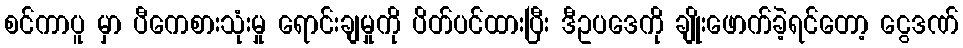
စင်ကာပူ မှာ ပီကေစားသုံးမှု ရောင်းချမှုကို ပိတ်ပင်ထားပြီး ဒီဥပဒေကို ချိုးဖောက်ခဲ့ရင်တော့ ငွေဒဏ်